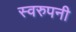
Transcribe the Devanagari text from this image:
स्वरुपनी